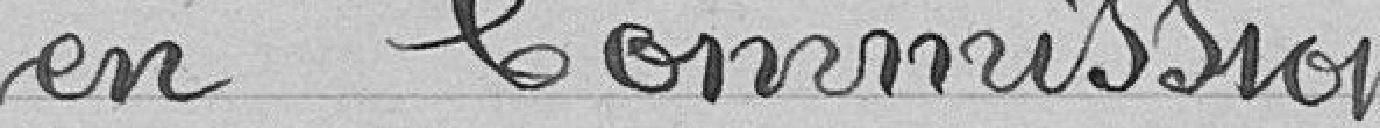
en commission